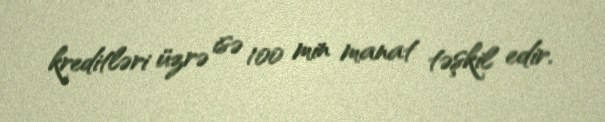
kreditləri üzrə isə 100 min manat təşkil edir.